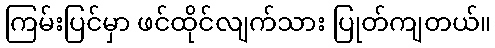
ကြမ်းပြင်မှာ ဖင်ထိုင်လျက်သား ပြုတ်ကျတယ်။